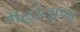
મહોતાજ